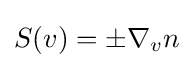
S(v)=\pm \nabla _{v}n